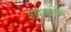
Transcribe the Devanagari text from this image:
शब्दागणिक